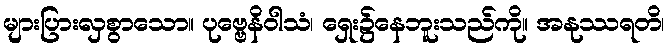
များပြားလှစွာသော။ ပုဗ္ဗေနိဝါသံ၊ ရှေး၌နေဘူးသည်ကို။ အနုဿရတိ၊